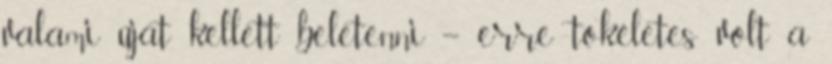
valami újat kellett beletenni – erre tökéletes volt a